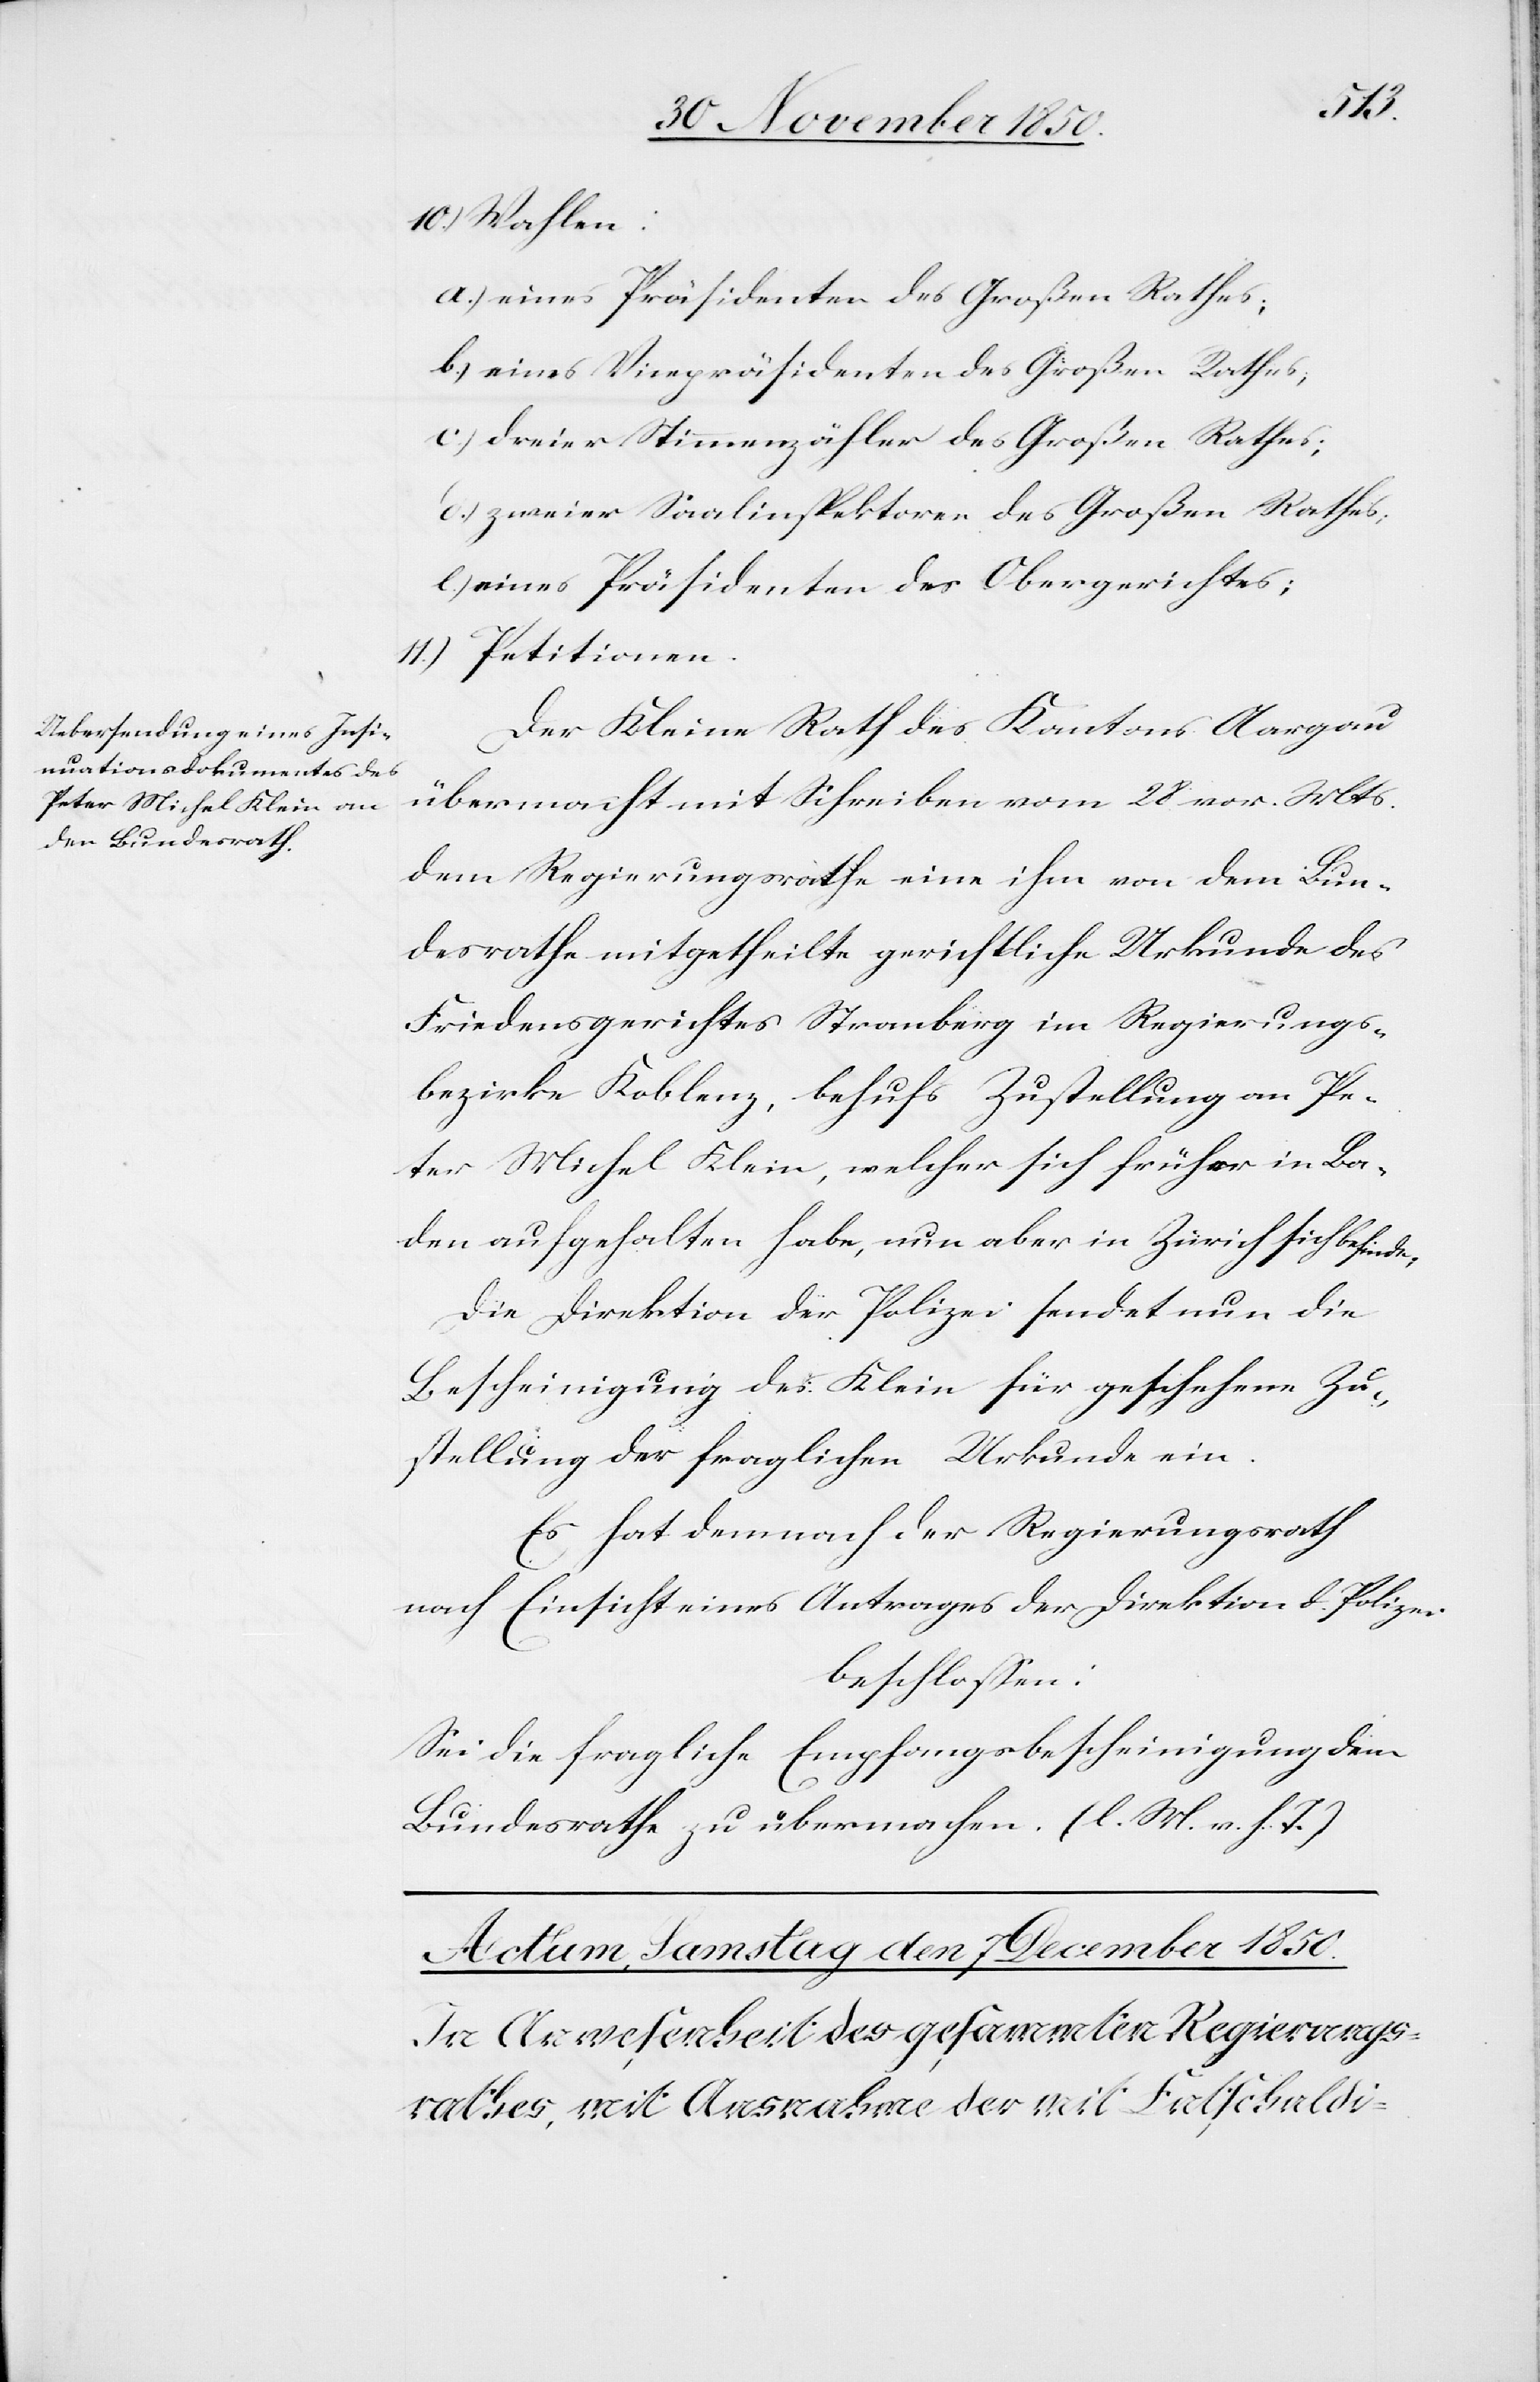
den
5 December 1850.]
10.) Wahlen:
a.) eines Präsidenten des Großen Rathes;
b.) eines Vicepräsidenten des Großen Rathes;
c.) dreier Stimmenzähler des Großen Rathes;
d.) zweier Saalinspektoren des Großen Rathes;
e.) eines Präsidenten des Obergerichtes;
11.) Petitionen.
Der Kleine Rath des Kantons Aargau
übermacht mit Schreiben vom 28 vor. Mts.
dem Regierungsrathe eine ihm von dem Bun¬
desrathe mitgetheilte gerichtliche Urkunde des
Friedensgerichtes Stranberg im Regierungs¬
bezirke Koblenz, behufs Zustellung an Pe¬
ter Michel Klein, welcher sich früher in Ba¬
den aufgehalten habe, nun aber in Zürich sich befinde.
Die Direktion der Polizei sendet nun die
Bescheinigung des Klein für geschehene Zu¬
stellung der fraglichen Urkunde ein.
Es hat demnach der Regierungsrath
nach Einsicht eines Antrages der Direktion d. Polizei
beschlossen:
Sei die fragliche Empfangsbescheinigung dem
Bundesrathe zu übermachen. (l. M. v. h. T.)